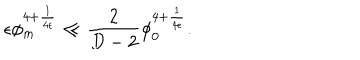
\epsilon \phi _ { m } ^ { 4 + { \frac { 1 } { 4 \epsilon } } } \ll { \frac { 2 } { D - 2 } } \phi _ { 0 } ^ { 4 + { \frac { 1 } { 4 \epsilon } } } .